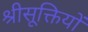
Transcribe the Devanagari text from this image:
श्रीसूक्तियों